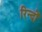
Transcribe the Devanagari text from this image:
रिन्दों